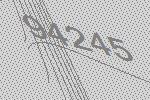
94245